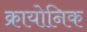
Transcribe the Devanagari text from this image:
क्रायोनिक